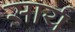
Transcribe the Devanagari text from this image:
सार्य